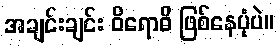
အချင်းချင်း ဝိရောဓိ ဖြစ်နေပုံပဲ။